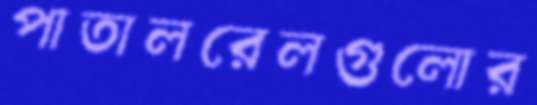
পাতালরেলগুলোর